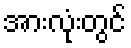
အားလုံးတွင်